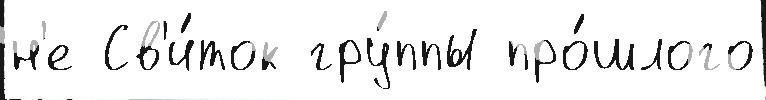
н'е Св'и́ток гру́ппы про́шлого